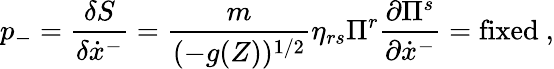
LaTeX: p_{-}=\frac{\delta S}{\delta\dot{x}^{-}}=\frac{m}{(-g(Z))^{1/2}}\eta_{rs}\Pi^{r}\frac{\partial\Pi^{s}}{\partial\dot{x}^{-}}=\mathrm{fixed~},